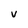
Character: V